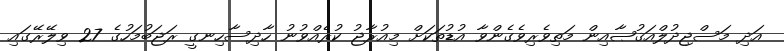
އަދި މަސްޖިދުލްއަޤުޞާއިން މަތިވެރިވެގެންވާ އުޑުތަކަށް މިއުރާޖު ކުރެއްވުނު ހާދިސާހިނގީ ރަޖަބުމަހުގެ 27 ވިލޭރޭގައި